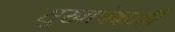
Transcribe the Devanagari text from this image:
सुखापेक्षाही